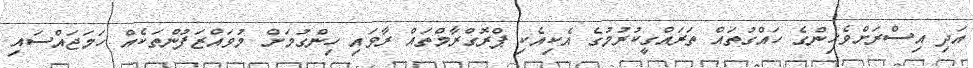
އަދި އިސްރަށްވެހިންގެ ހައްގުތައް ތަރައްގީކުރުމުގެ އެކިއެކި ޕްރޮގްރާމްތައް ރާވައި ހިންގުމަށް މުވައްޒަފުންތަކެއް ހަމަޖައްސައި